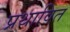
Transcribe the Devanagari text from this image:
प्रथावित